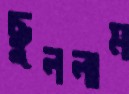
ছুললাম